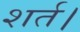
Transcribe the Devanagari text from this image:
शर्त।